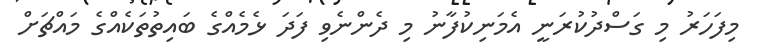
މިފަހަރު މި ގަސްދުކުރަނީ އެމަނިކުފާނު މި ދެންނެވި ފަދަ ޅެމެއްގެ ބައިތުތަކެއްގެ މައްޗަށް